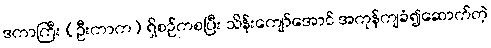
ဒကာကြီး (ဦးကာက) ရှိစဉ်ကစပြီး သိန်းကျော်အောင် အကုန်ကျခံ၍ဆောက်တဲ့